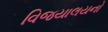
વિજયાલયનો